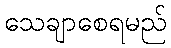
သေချာစေရမည်